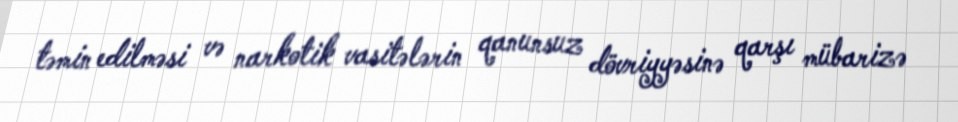
təmin edilməsi və narkotik vasitələrin qanunsuz dövriyyəsinə qarşı mübarizə